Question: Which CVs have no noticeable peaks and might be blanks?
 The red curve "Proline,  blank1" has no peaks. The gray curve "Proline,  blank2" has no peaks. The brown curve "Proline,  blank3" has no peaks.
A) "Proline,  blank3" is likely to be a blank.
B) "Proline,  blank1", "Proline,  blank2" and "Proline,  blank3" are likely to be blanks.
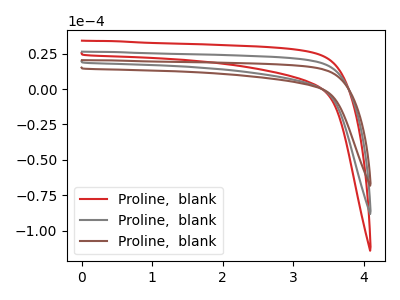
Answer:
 <answer>B) "Proline,  blank1", "Proline,  blank2" and "Proline,  blank3" are likely to be blanks.</answer>
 <eval>B</eval>